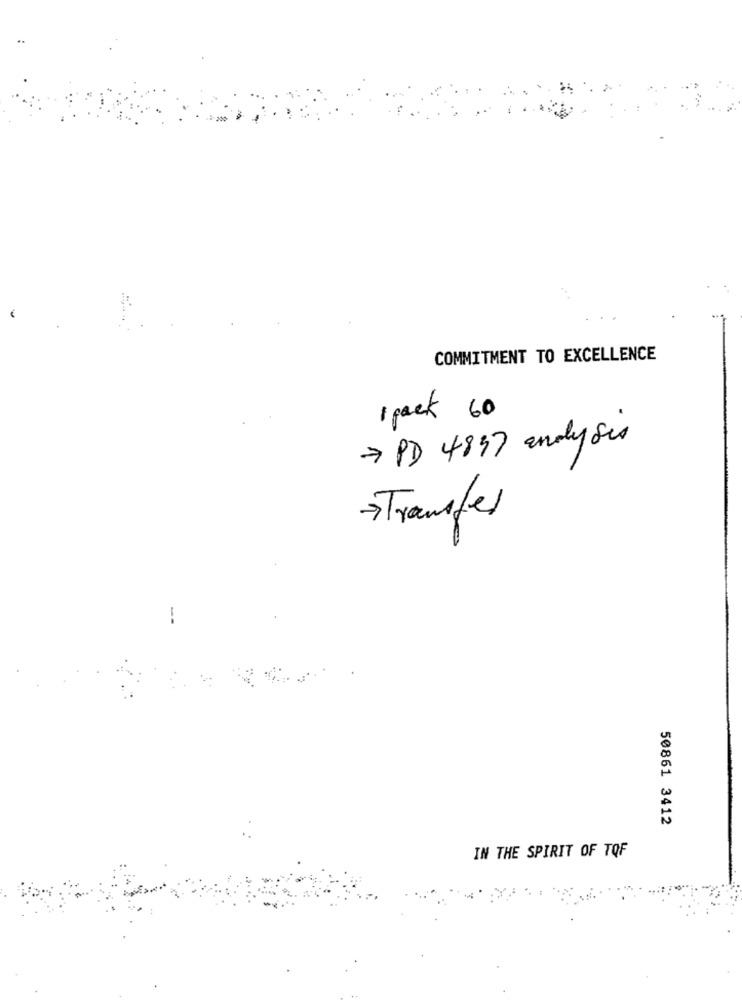
COMMITMENT TO EXCELLENCE
1 pack 60
> PD 4897 analysis
>Transfer
50861 3412
IN THE SPIRIT OF TOF